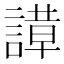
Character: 𬢼